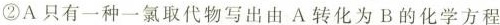
②A只有一种一氯取代物写出由A转化为B的化学方程